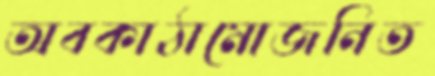
অবকাঠামোজনিত